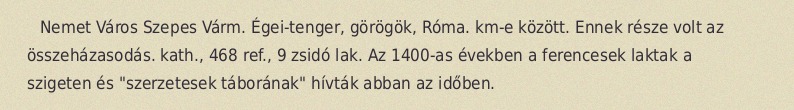
Nemet Város Szepes Várm. Égei-tenger, görögök, Róma. km-e között. Ennek része volt az összeházasodás. kath., 468 ref., 9 zsidó lak. Az 1400-as években a ferencesek laktak a szigeten és "szerzetesek táborának" hívták abban az időben.